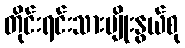
တိုင်းရင်းသားမျိုးနွယ်စု